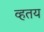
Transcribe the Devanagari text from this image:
व्हतय